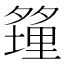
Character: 𪤿